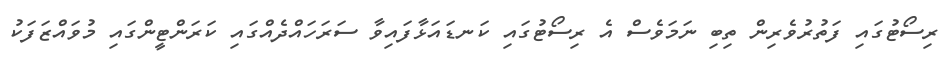
ރިސޯޓުގައި ފަތުރުވެރިން ތިބި ނަމަވެސް އެ ރިސޯޓުގައި ކަނޑައަޅާފައިވާ ސަރަހައްދެއްގައި ކަރަންޓީންގައި މުވައްޒަފަކު